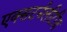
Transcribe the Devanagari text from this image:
एक्सटर्नलीटीज़